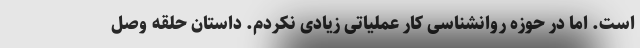
است. اما در حوزه روانشناسی کار عملیاتی زیادی نکردم. داستان حلقه وصل